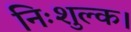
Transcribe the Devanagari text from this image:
निःशुल्क।